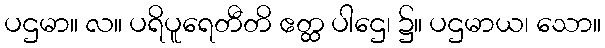
ပဌမာ။ လ။ ပရိပူရေတီတိ ဧတ္ထ ပါဌေ၊ ၌။ ပဌမာယ၊ သော။